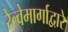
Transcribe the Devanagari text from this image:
रेल्वेमार्गाद्वारे